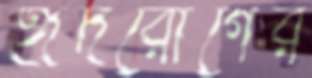
হৃদরোগের